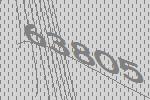
63805